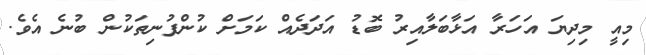
މިއީ މިދިޔަ އަހަރާ އަޅާބަލާއިރު ބޮޑު އަދަދެއް ކަމަށް ކުންފުނިތަކުން ބުނެ އެވެ.